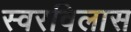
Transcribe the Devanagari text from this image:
स्वरविलास